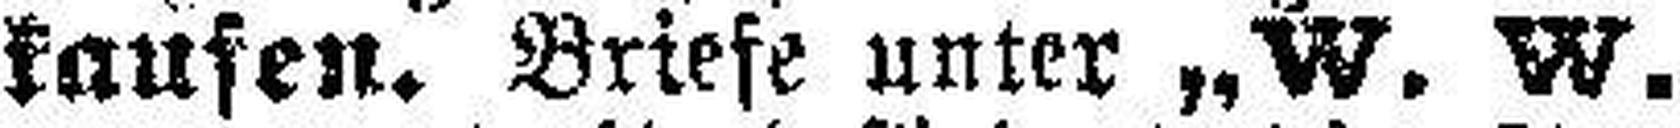
kaufen. Briese unter „W. W.